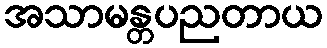
အသာမန္တပညတာယ